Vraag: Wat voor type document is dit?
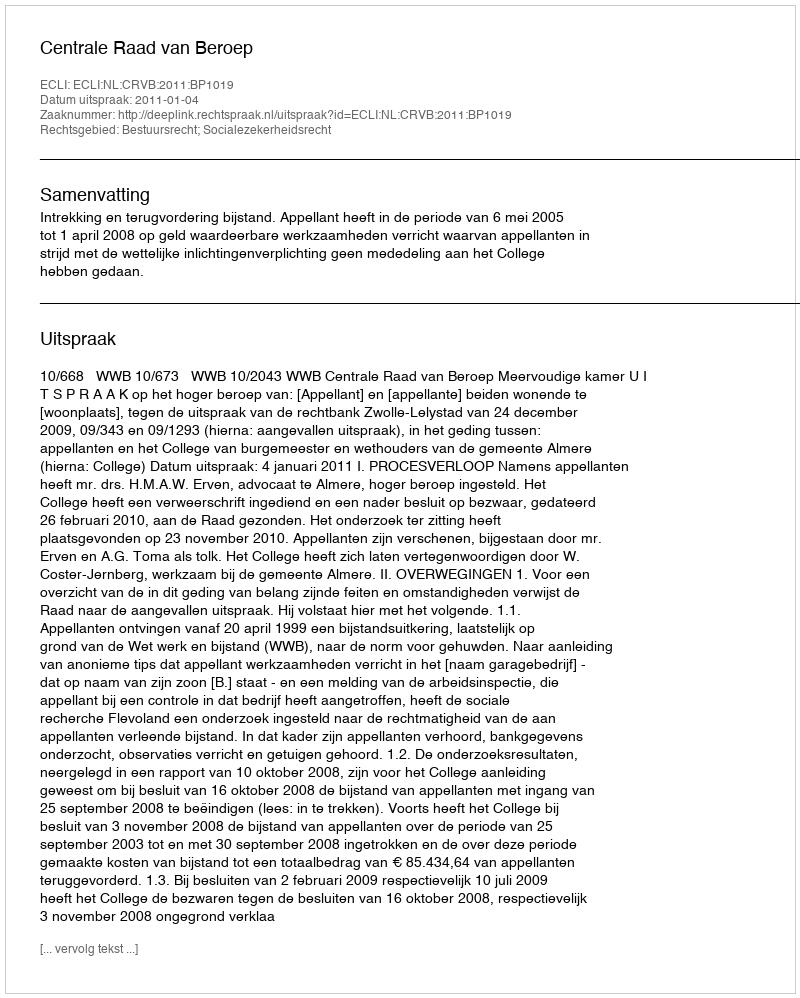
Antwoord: Uitspraak